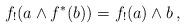
LaTeX: \begin{align*}f_!(a\wedge f^*(b)) = f_!(a)\wedge b\,,\end{align*}